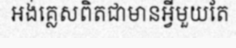
អង់គ្លេសពិតជាមានអ្វីមួយតែ